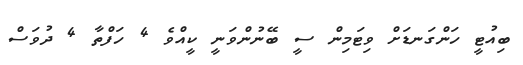
ބިއުޓީ ހަންގަނޑަށް ވިޓަމިން ސީ ބޭނުންވަނީ ކީއްވެ 4 ހަފްތާ 4 ދުވަސް